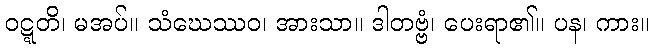
ဝဋ္ဋတိ၊ မအပ်။ သံဃေဿဝ၊ အားသာ။ ဒါတဗ္ဗံ၊ ပေးရာ၏။ ပန၊ ကား။